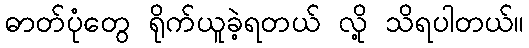
ဓာတ်ပုံတွေ ရိုက်ယူခဲ့ရတယ် လို့ သိရပါတယ်။